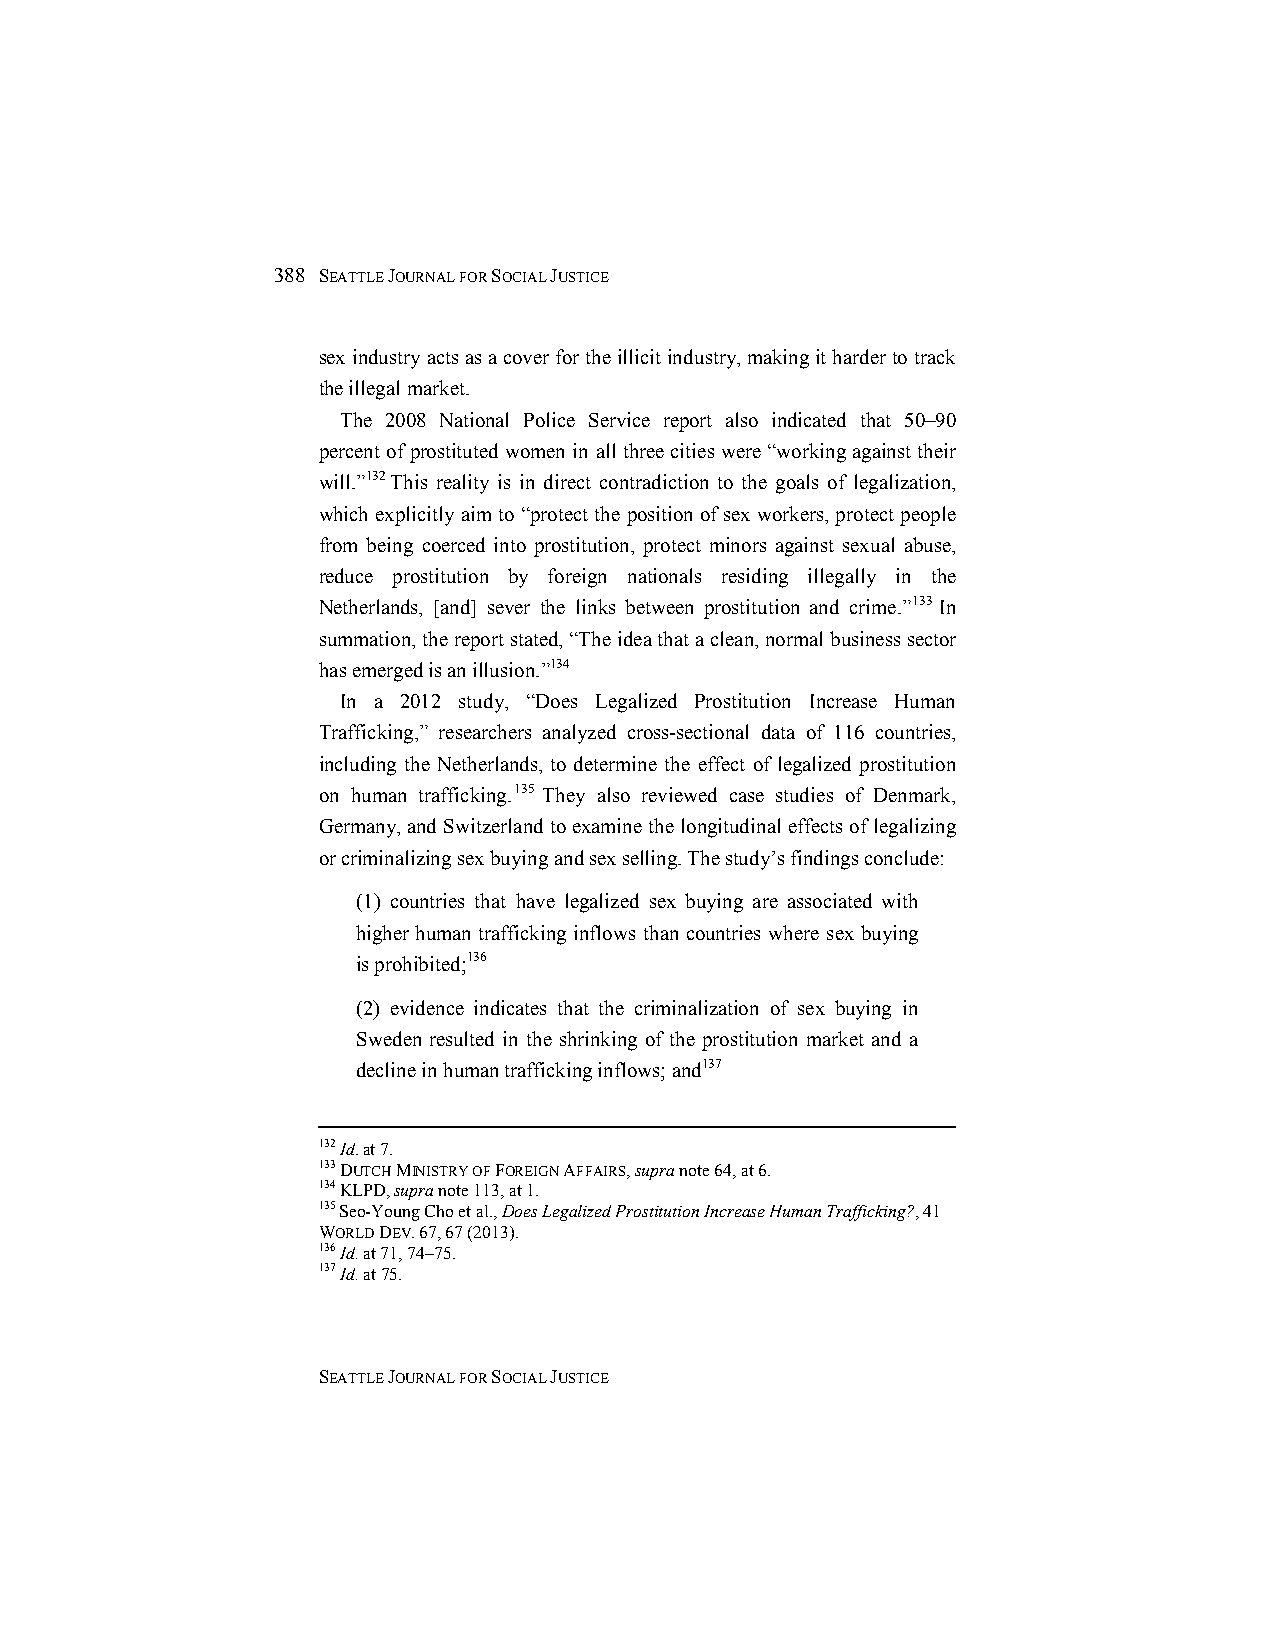
388 SEATTLE JOURNAL FOR SOCIAL JUSTICE
 sex industry acts as a cover for the illicit industry, making it harder to track
 the illegal market.
 The 2008 National Police Service report also indicated that 50–90
 percent of prostituted women in all three cities were “working against their
 will.”132 This reality is in direct contradiction to the goals of legalization,
 which explicitly aim to “protect the position of sex workers, protect people
 from being coerced into prostitution, protect minors against sexual abuse,
 reduce prostitution by foreign nationals residing illegally in the
 Netherlands, [and] sever the links between prostitution and crime.”133 In
 summation, the report stated, “The idea that a clean, normal business sector
 has emerged is an illusion.”134
 In a 2012 study, “Does Legalized Prostitution Increase Human
 Trafficking,” researchers analyzed cross-sectional data of 116 countries,
 including the Netherlands, to determine the effect of legalized prostitution
 on human trafficking.135 They also reviewed case studies of Denmark,
 Germany, and Switzerland to examine the longitudinal effects of legalizing
 or criminalizing sex buying and sex selling. The study’s findings conclude:
 (1) countries that have legalized sex buying are associated with
 higher human trafficking inflows than countries where sex buying
 is prohibited;136
 (2) evidence indicates that the criminalization of sex buying in
 Sweden resulted in the shrinking of the prostitution market and a
 decline in human trafficking inflows; and137
 132 Id. at 7.
 133 DUTCH MINISTRY OF FOREIGN AFFAIRS, supra note 64, at 6.
 134 KLPD, supra note 113, at 1.
 135 Seo-Young Cho et al., Does Legalized Prostitution Increase Human Trafficking?, 41
 WORLD DEV. 67, 67 (2013).
 136 Id. at 71, 74–75.
 137 Id. at 75.
 SEATTLE JOURNAL FOR SOCIAL JUSTICE